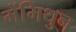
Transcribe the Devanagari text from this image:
मेंमिथुन